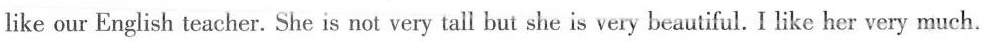
like our English teacher. She is not very tall but she is very beautiful. I like her very much.